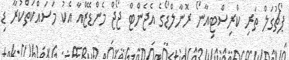
ޕޯޗުގަލް ތަރި ކްރިސްޓިއާނޯ ރޮނާލްޑޯގެ އެޖެންޓް ޖޯޖް މެންޑޭޒްއާ އެކު މަސައްކަތްކުރާ ޑި